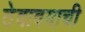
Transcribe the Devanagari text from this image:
ठेवावयाची